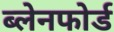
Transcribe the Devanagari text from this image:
ब्लेनफोर्ड